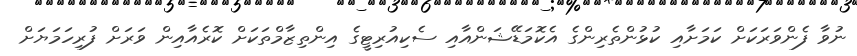
ނުވާ ފެންވަރަކަށް ކަމަށާއި ކުޅުންތެރިންގެ އެކޮމަޑޭޝަންއާއި ސެކިއުރިޓީގެ އިންތިޒާމްތަކަށް ކޮރެއާއިން ވަރަށް ފުރިހަމަޔަށް